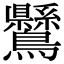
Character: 𪈉